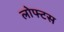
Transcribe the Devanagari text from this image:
लोफ्टस